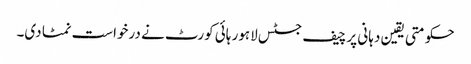
حکومتی یقین دہانی پر چیف جسٹس لاہور ہائی کورٹ نے درخواست نمٹا دی۔